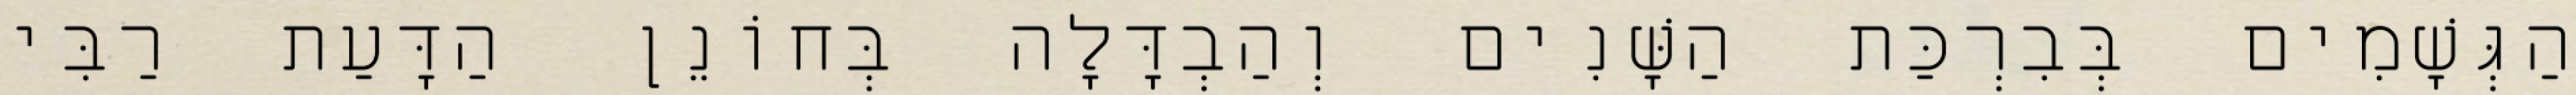
הַגְּשָׁמִים בְּבִרְכַּת הַשָּׁנִים וְהַבְדָּלָה בְּחוֹנֵן הַדָּעַת רַבִּי